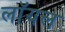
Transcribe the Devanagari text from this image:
लाॅयल